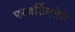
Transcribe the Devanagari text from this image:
परवर्तिततेचे